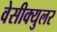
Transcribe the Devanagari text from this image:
वेसीक्युलर